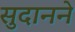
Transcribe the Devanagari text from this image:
सुदानने